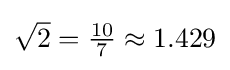
{\textstyle {\sqrt {2}}={\frac {10}{7}}\approx 1.429}